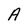
Character: A